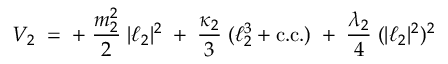
{ \cal V } _ { 2 } \; = \; + \; \frac { m _ { 2 } ^ { 2 } } { 2 } \; | \ell _ { 2 } | ^ { 2 } \; + \; \frac { \kappa _ { 2 } } { 3 } \; ( \ell _ { 2 } ^ { 3 } + \mathrm { c . c . } ) \; + \; \frac { \lambda _ { 2 } } { 4 } \; ( | \ell _ { 2 } | ^ { 2 } ) ^ { 2 }